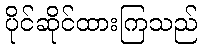
ပိုင်ဆိုင်ထားကြသည်